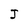
Character: J